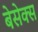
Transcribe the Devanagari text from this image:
बेसेक्स